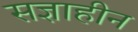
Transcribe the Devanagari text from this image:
सज्ञाहीन